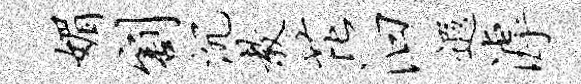
媚割沉教芘汩遐滹